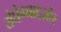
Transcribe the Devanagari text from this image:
येघेग्नाद्ज़ोर